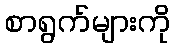
စာရွက်များကို